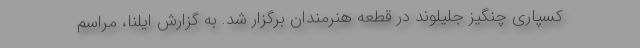
کسپاری چنگیز جلیلوند در قطعه هنرمندان برگزار شد. به گزارش ایلنا، مراسم